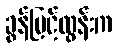
ခွန်မြင့်ထွန်းက